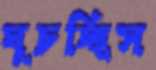
ঘুচচ্ছিস